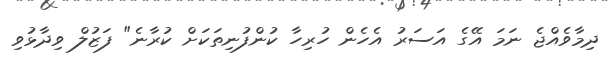
ދިމާވެެއްޖެ ނަމަ އޭގެ އަސަރު އެހެން ހުރިހާ ކުންފުނިތަކަށް ކުރާނެ" ފަޒުލް ވިދާޅުވި